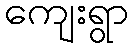
ကျေးရွာ